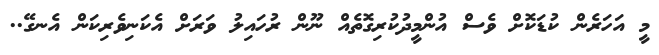
މީ އަހަރެން ކުޑަކޮށް ވެސް އުންމީދުކުރިގޮތެއް ނޫން ރުހައިލު ވަރަށް އެކަނިވެރިކަން އެނގޭ..